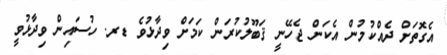
އެގޮތަށް ދެއްކުމުން އެކަން ޖެހޭނީ ޤަބޫލުކުރަން ކަމަށް ވިދާޅުވެ ޑރ. ހުސައިން ވިދާޅުވީ